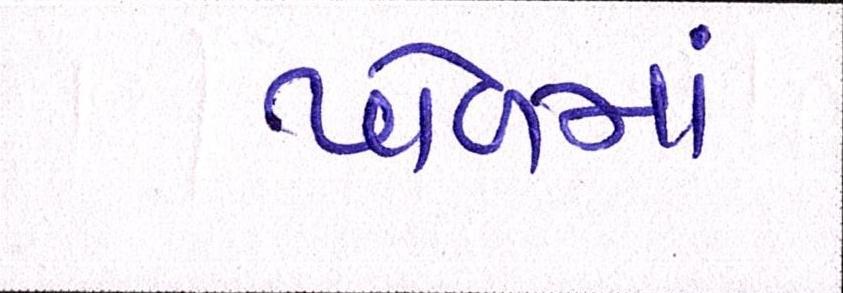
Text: પોળમાં